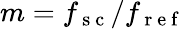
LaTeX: m=f_{\mathrm{~s~c~}}/f_{\mathrm{~r~e~f~}}